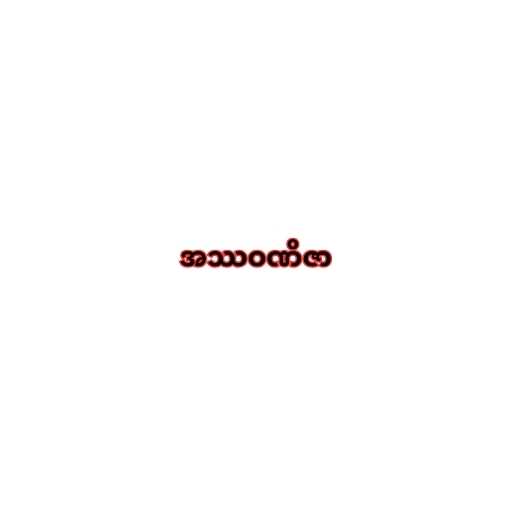
အဿဝဏိဇာ